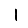
Digit: 1